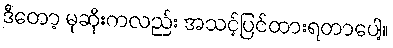
ဒီတော့ မုဆိုးကလည်း အသင့်ပြင်ထားရတာပေါ့။